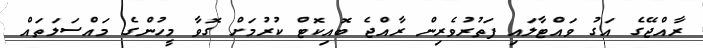
ރާއްޖޭގެ އަގު ވައްޓާލައި ފަތުރުވެރިން ރާއްޖެ ބޮއިކޮޓް ކުރުމަށް ގޮވާ މީހުންގެ މައްސަލަތައް